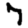
Digit: 7